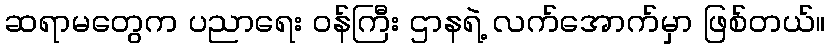
ဆရာမတွေက ပညာရေး ဝန်ကြီး ဌာနရဲ့ လက်အောက်မှာ ဖြစ်တယ်။